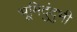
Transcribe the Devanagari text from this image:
भूमिदुंदुभी